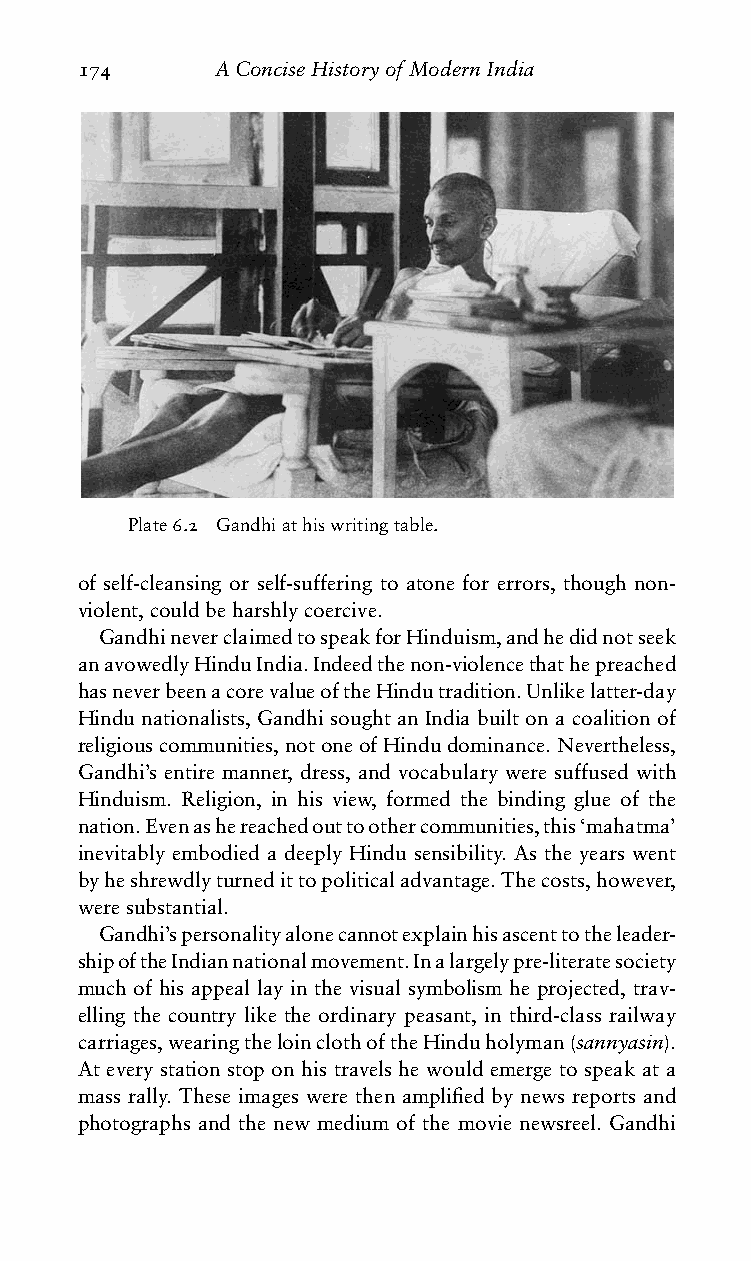
174      AConciseHistoryofModernIndia
 Plate6.2 Gandhiathiswritingtable.
 of self-cleansing or self-suffering to atone for errors, though non-
 violent,couldbeharshlycoercive.
 GandhineverclaimedtospeakforHinduism,andhedidnotseek
 anavowedlyHinduIndia.Indeedthenon-violencethathepreached
 hasneverbeenacorevalueoftheHindutradition.Unlikelatter-day
 Hindu nationalists, Gandhi sought an India built on a coalition of
 religiouscommunities,notoneofHindudominance.Nevertheless,
 Gandhi’s entire manner, dress, and vocabulary were suffused with
 Hinduism. Religion, in his view, formed the binding glue of the
 nation.Evenashereachedouttoothercommunities,this‘mahatma’
 inevitably embodied a deeply Hindu sensibility. As the years went
 byheshrewdlyturnedittopoliticaladvantage.Thecosts,however,
 weresubstantial.
 Gandhi’spersonalityalonecannotexplainhisascenttotheleader-
 shipoftheIndiannationalmovement.Inalargelypre-literatesociety
 much of his appeal lay in the visual symbolism he projected, trav-
 elling the country like the ordinary peasant, in third-class railway
 carriages,wearingtheloinclothoftheHinduholyman(sannyasin).
 At every station stop on his travels he would emerge to speak at a
 mass rally. These images were then amplified by news reports and
 photographs and the new medium of the movie newsreel. Gandhi